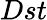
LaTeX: Dst